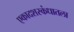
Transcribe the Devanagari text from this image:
एकादशस्‍कंधातला